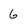
Character: 6